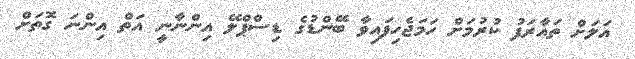
އަލަށް ތައާރަފު ކުރުމަށް ހަމަޖެހިފައިވާ ބޭންޑުގެ ޑިސްޕްލޭ އިންނާނީ އަތް އިންނަ ގޮތަށް